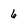
Character: 6